Bombay plague: being a history of the progress of plague in the Bombay presidency from September 1896 to June 1899
Year: 1896
Disease focus: Plague
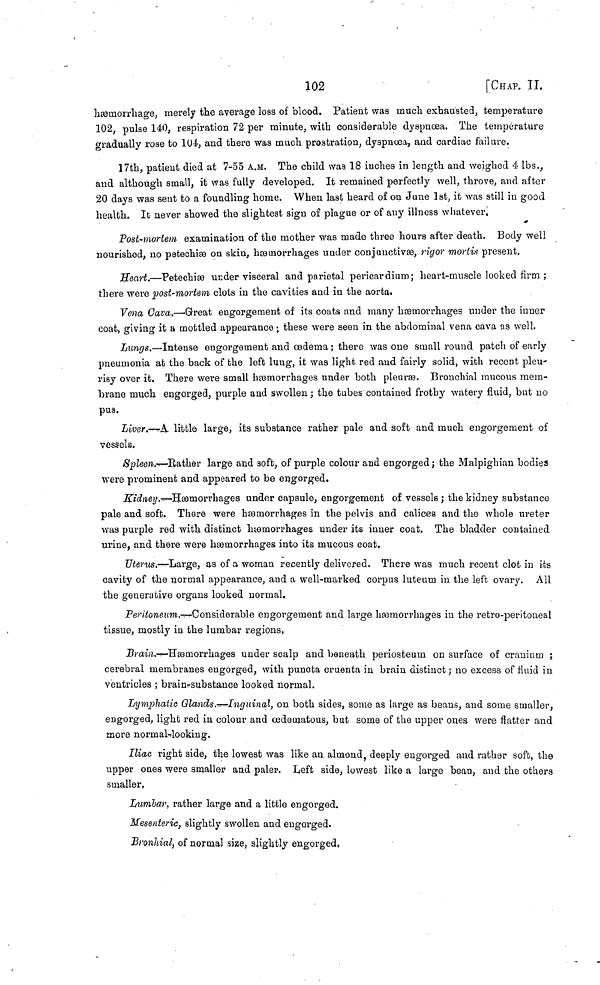
102
[CHAP. II.
hæmorrhage, merely the average loss of blood. Patient was much exhausted, temperature
102, pulse 140, respiration 72 per minute, with considerable dyspnœa. The température
gradually rose to 104, and there was much prostration, dyspnœa, and cardiac failure.
17th, patient died at 7-55 A.M. The child was 18 inches in length and weighed 4 lbs.,
and although small, it was fully developed. It remained perfectly well, throve, and after
20 days was sent to a foundling home. When last heard of on June 1st, it was still in good
health. It never showed the slightest sign of plague or of any illness whatever.
Post-mortem examination of the mother was made three hours after death. Body well
nourished, no petechise on skin, hæmorrhages under conjunctive, rigor mortis present.
Heart.—Petechiæ under visceral and parietal pericardium; heart-muscle looked firm ;
there were post-mortem clots in the cavities and in the aortat
Vena Gava.—Great engorgement of its coats and many hæemorrhages under the inner
coat, giving it a mottled appearance ; these were seen in the abdominal vena cava as well.
Lungs.—Intense engorgement and œderna ; there was one small round patch of early
pneumonia at the back of the left lung, it was light red and fairly solid, with recent pleu-
risy over it. There were small hemorrhages under both pleuras. Bronchial mucous mem-
brane much engorged, purple and swollen ; the tubes contained frothy watery fluid, but no
pus.
Liver.—A. little large, its substance rather pale and soft and much engorgement of
vessels.
Spleen.-Bather large and soft, of purple colour and engorged ; the Malpighian bodies
were prominent and appeared to be engorged.
Kidney.—Hæmorrhages under capsule, engorgement of vessels ; the kidney substance
pale and soft. There were hæmorrhages in the pelvis and calices and the whole ureter
was purple red with distinct hæmorrhages under its inner coat. The bladder contained
urine, and there were hæmorrhages into its mucous coat.
Uterus.-·Large, as of a woman recently delivered. There was much recent clot in its
cavity of the normal appearance, and a well-marked corpus luteum in the left ovary. All
the generative organs looked normal.
Peritoneum.-Considerable engorgement and large hemorrhages in the retro-peritoneal
tissue, mostly in the lumbar regions,
Brain.—Hæmorrhages under scalp and beneath periosteum on surface of cranium ;
cerebral membranes engorged, with puncta cruenta in brain distinct ; no excess of fluid in
ventricles ; brains-substance looked normal.
Lymphatic Glands.—Inguinal, on both sides, some as large as beans, and some smaller,
engorged, light red in colour and œdematous, but some of the upper ones were flatter and
more norinal-rlooking.
Iliac right side, the lowest was like an almond, deeply engorged and rather soft, the
upper ones were smaller and paler. Left side, lowest like a large bean, and the others
smaller,
Lumbar, rather large and a little engorged.
Mesenteric, slightly swollen and engorged.
Bronhial, of normal size, slightly engorged,